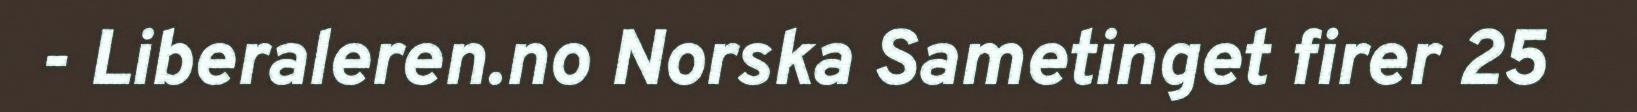
- Liberaleren.no Norska Sametinget firer 25